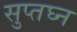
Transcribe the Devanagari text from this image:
सुप्तघ्न